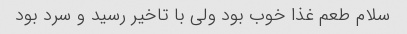
سلام طعم غذا خوب بود ولی با تاخیر رسید و سرد بود